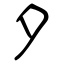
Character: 夕